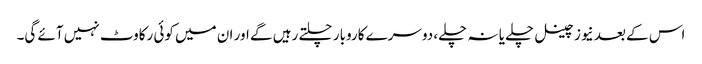
اس کے بعد نیوز چینل چلے یا نہ چلے، دوسرے کاروبار چلتے رہیں گے اور ان میں کوئی رکاوٹ نہیں آئے گی۔